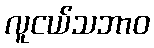
လူငယ်သဘာဝ